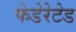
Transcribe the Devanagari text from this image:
फेडेरेटेड